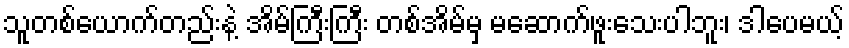
သူတစ်ယောက်တည်းနဲ့ အိမ်ကြီးကြီး တစ်အိမ်မှ မဆောက်ဖူးသေးပါဘူး၊ ဒါပေမယ့်